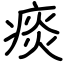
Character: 痰